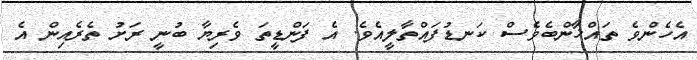
އެހެންވެ ތައްޚާންބެވެސް ކަނޑުފައްތާލީއެވެ. އެ ފަންޑީތަ ވެރިޔާ ބުނީ ރަށު ތެރެއިން އެ